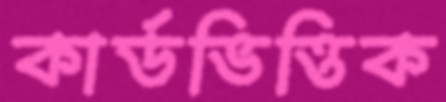
কার্ডভিত্তিক